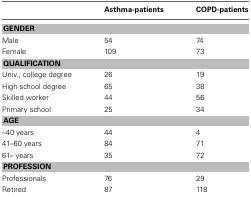
<table><thead><tr><td></td><td><b>Asthma-patients</b></td><td><b>COPD-patients</b></td></tr></thead><tbody><tr><td colspan="3"><b>GENDER</b></td></tr><tr><td>Male</td><td>54</td><td>74</td></tr><tr><td>Female</td><td>109</td><td>73</td></tr><tr><td colspan="3"><b>QUALIFICATION</b></td></tr><tr><td>Univ., college degree</td><td>26</td><td>19</td></tr><tr><td>High school degree</td><td>65</td><td>38</td></tr><tr><td>Skilled worker</td><td>44</td><td>56</td></tr><tr><td>Primary school</td><td>25</td><td>34</td></tr><tr><td colspan="3"><b>AGE</b></td></tr><tr><td>–40 years</td><td>44</td><td>4</td></tr><tr><td>41–60 years</td><td>84</td><td>71</td></tr><tr><td>61– years</td><td>35</td><td>72</td></tr><tr><td colspan="3"><b>PROFESSION</b></td></tr><tr><td>Professionals</td><td>76</td><td>29</td></tr><tr><td>Retired</td><td>87</td><td>118</td></tr></tbody></table>